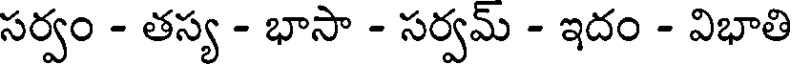
సర్వం - తస్య - భాసా - సర్వమ్ - ఇదం - విభాతి